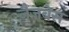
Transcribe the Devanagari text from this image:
जैजबेस